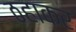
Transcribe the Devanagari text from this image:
ठहाकर